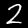
Digit: 2